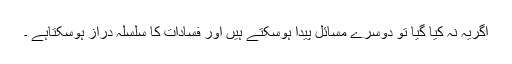
اگریہ نہ کیا گیا تو دوسرے مسائل پیدا ہوسکتے ہیں اور فسادات کا سلسلہ دراز ہوسکتاہے ۔